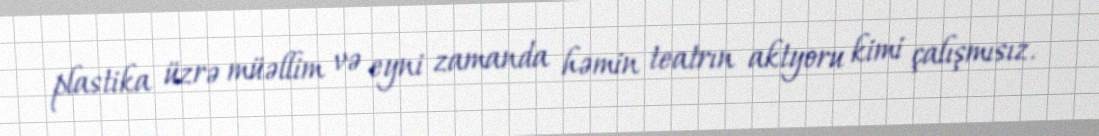
plastika üzrə müəllim və eyni zamanda həmin teatrın aktyoru kimi çalışmısız.